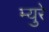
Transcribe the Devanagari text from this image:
म्‍युरे